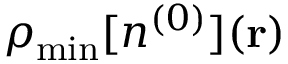
\rho _ { \mathrm { m i n } } [ n ^ { ( 0 ) } ] ( { \bf r } )